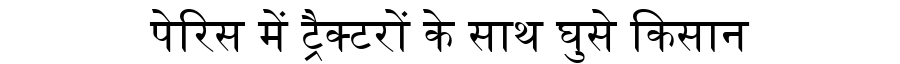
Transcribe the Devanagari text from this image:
पेरिस में ट्रैक्टरों के साथ घुसे किसान